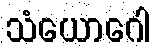
သံယောဂေါ